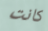
كانت